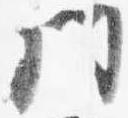
門